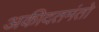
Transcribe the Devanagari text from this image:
अकीदतमंतो